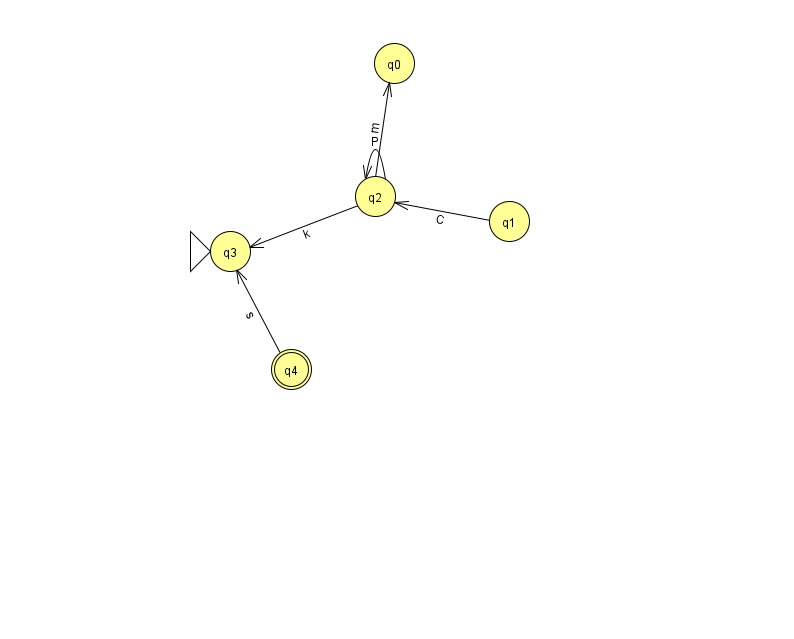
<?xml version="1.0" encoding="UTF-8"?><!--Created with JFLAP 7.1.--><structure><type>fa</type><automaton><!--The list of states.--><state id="0" name="q0"><x>394.0</x><y>50.0</y></state><state id="1" name="q1"><x>509.0</x><y>208.0</y></state><state id="2" name="q2"><x>375.0</x><y>183.0</y></state><state id="3" name="q3"><x>230.0</x><y>238.0</y><initial/></state><state id="4" name="q4"><x>291.0</x><y>356.0</y><final/></state><!--The list of transitions.--><transition><from>2</from><to>2</to><read>P</read></transition><transition><from>2</from><to>0</to><read>m</read></transition><transition><from>4</from><to>3</to><read>s</read></transition><transition><from>1</from><to>2</to><read>C</read></transition><transition><from>2</from><to>3</to><read>k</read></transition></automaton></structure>